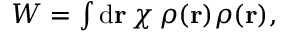
\begin{array} { r } { W = \int \mathrm { d } \mathbf { r } \, \chi \, \rho ( \mathbf { r } ) \rho ( \mathbf { r } ) , } \end{array}